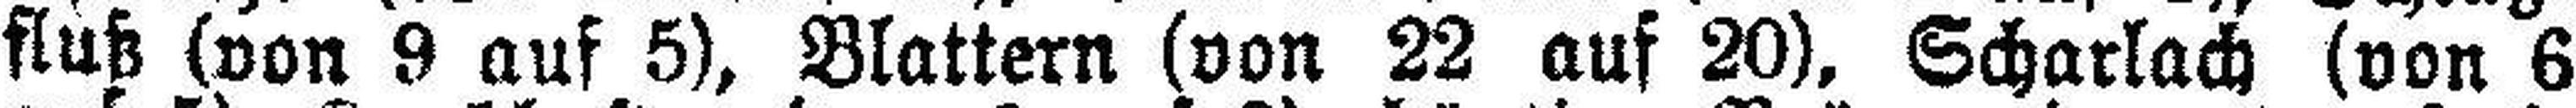
fluß (von 9 auf 5), Blattern (von 22 auf 20), Scharlach (von 6